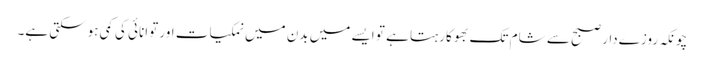
چونکہ روزےدار صبح سے شام تک بھوکا رہتا ہے تو ایسے میں بدن میں نمکیات اور توانائی کی کمی ہوسکتی ہے۔